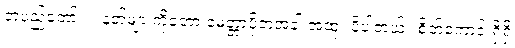
တပည့်တော်။ ။ နတ်များကိုတော့ မေတ္တာပို့တဲ့အခါ အထူး ပို့ပါတယ်။ စိတ်ကောင်းရှိရှိ